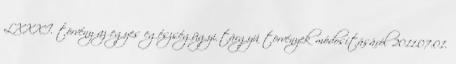
LXXXI. törvény az egyes egészségügyi tárgyú törvények módosításáról 2011.07.01.